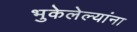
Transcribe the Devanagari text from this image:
भुकेलेल्यांना